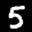
Label: 5